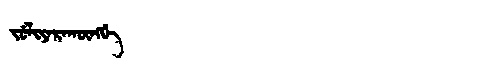
Manchu: ᠵᡠᠯᡳᠶᠠᡵᠠᡴᡡᠩᡤᡝ
Romanization: JULIYARAKŪNGGE